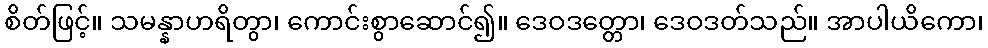
စိတ်ဖြင့်။ သမန္နာဟရိတွာ၊ ကောင်းစွာဆောင်၍။ ဒေဝဒတ္တော၊ ဒေဝဒတ်သည်။ အာပါယိကော၊